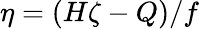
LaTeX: \eta=(H\zeta-Q)/f